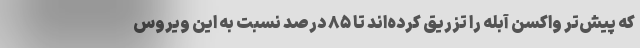
که پیش‌تر واکسن آبله را تزریق کرده‌اند تا ۸۵ درصد نسبت به این ویروس